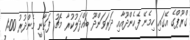
ގްރޫޕްގެ އޭގައި ހިމެނޭ ފެހެންދޫއާއި ދަރަވަންދޫ ބައްދަލުކުރާ މެޗު ފަށާނީ މެންދުރު 1:00